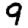
Digit: 9